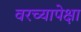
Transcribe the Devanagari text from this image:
वरच्यापेक्षा